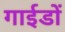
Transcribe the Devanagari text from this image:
गाईडों